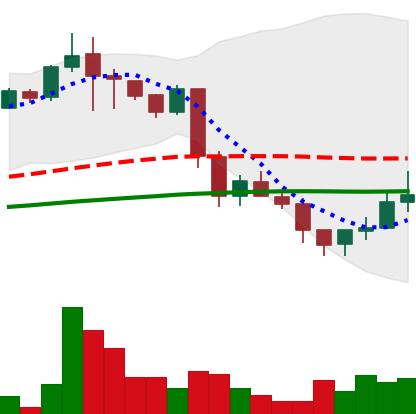
Ticker: LINK-USD
Chart end date: 2018-11-29
Forward return: -16.524%
Label: down_7plus